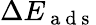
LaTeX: \Delta E_{\mathrm{~a~d~s~}}